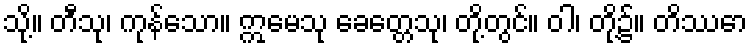
သို့။ တီသု၊ ကုန်သော။ ဣမေသု ခေတ္တေသု၊ တို့တွင်။ ဝါ၊ တို့၌။ တိဿော